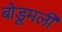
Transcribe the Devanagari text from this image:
बोडूमली